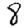
Digit: 8